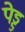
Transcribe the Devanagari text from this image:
पेड्ड